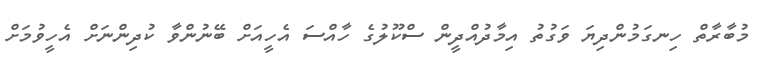
މުބާރާތް ހިނގަމުންދިޔަ ވަގުތު އިމާދުއްދީން ސްކޫލުގެ ހާއްސަ އެހީއަށް ބޭނުންވާ ކުދިންނަށް އެހީވުމަށް